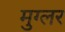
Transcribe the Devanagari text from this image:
मुग्लर